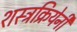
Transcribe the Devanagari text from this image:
शस्त्रक्रियेनी